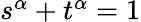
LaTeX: \textstyle s^{\alpha}+t^{\alpha}=1